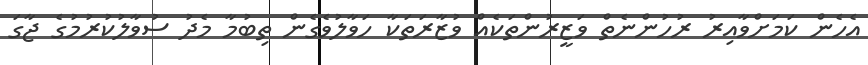
އެހެން ކަމަށްވާއިރު ރުހުންނެތް ވަޒީރުންތަކެއް ވުޒާރަތަކާ ހަވާލުވެގެން ތިބުމާ މެދު ސުވާލުކުރުމުގެ ޖާގަ